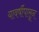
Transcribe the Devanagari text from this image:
यावर्षीपासून